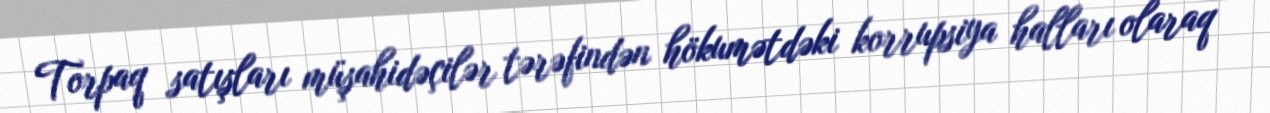
Torpaq satışları müşahidəçilər tərəfindən hökumətdəki korrupsiya halları olaraq